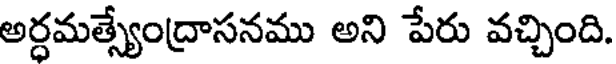
అర్ధమత్స్యేంద్రాసనము అని పేరు వచ్చింది.